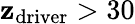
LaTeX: \mathbf{z}_{\mathrm{{driver}}}>30